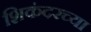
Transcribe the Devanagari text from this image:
शिकंदरच्या